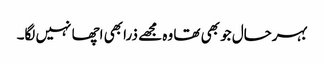
بہرحال جو بھی تھا وہ مجھے ذرا بھی اچھا نہیں لگا۔